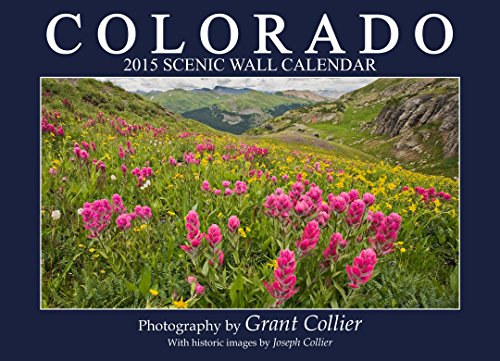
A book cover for Colorado 2015 Scenic Wall Calendar; Calendars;